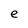
Character: e